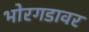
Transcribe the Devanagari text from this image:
भोरगडावर